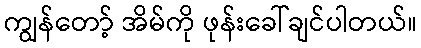
ကျွန်တော့် အိမ်ကို ဖုန်းခေါ်ချင်ပါတယ်။